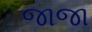
જાજા